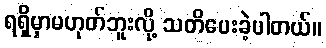
ရရှိမှာမဟုတ်ဘူးလို့ သတိပေးခဲ့ပါတယ်။